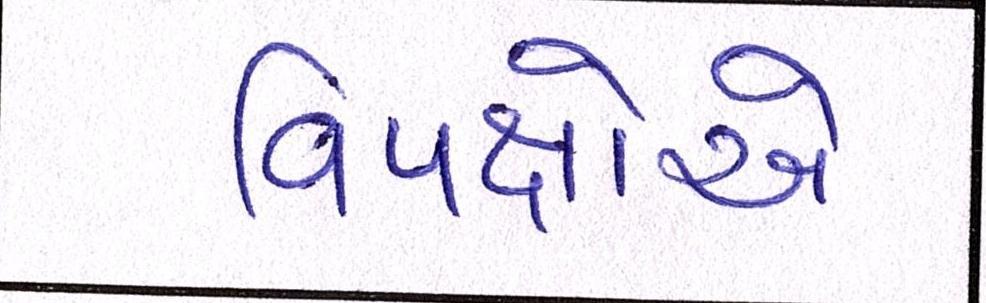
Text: વિપક્ષોએ